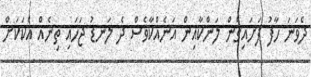
ދެވަނަ ހާފު ފަށައިގެން ލަންކާއިން އަނެއްކާވެސް ދެ ލަނޑު ޖަހައި ތިނެއް އެކަކަށް